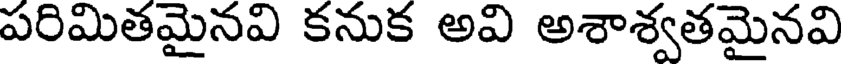
పరిమితమైనవి కనుక అవి అశాశ్వతమైనవి